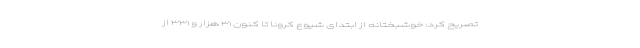
تصریح کرد: خوشبختانه از ابتدای شیوع کرونا تا کنون ۳۱ هزار و ۳۳۱ از